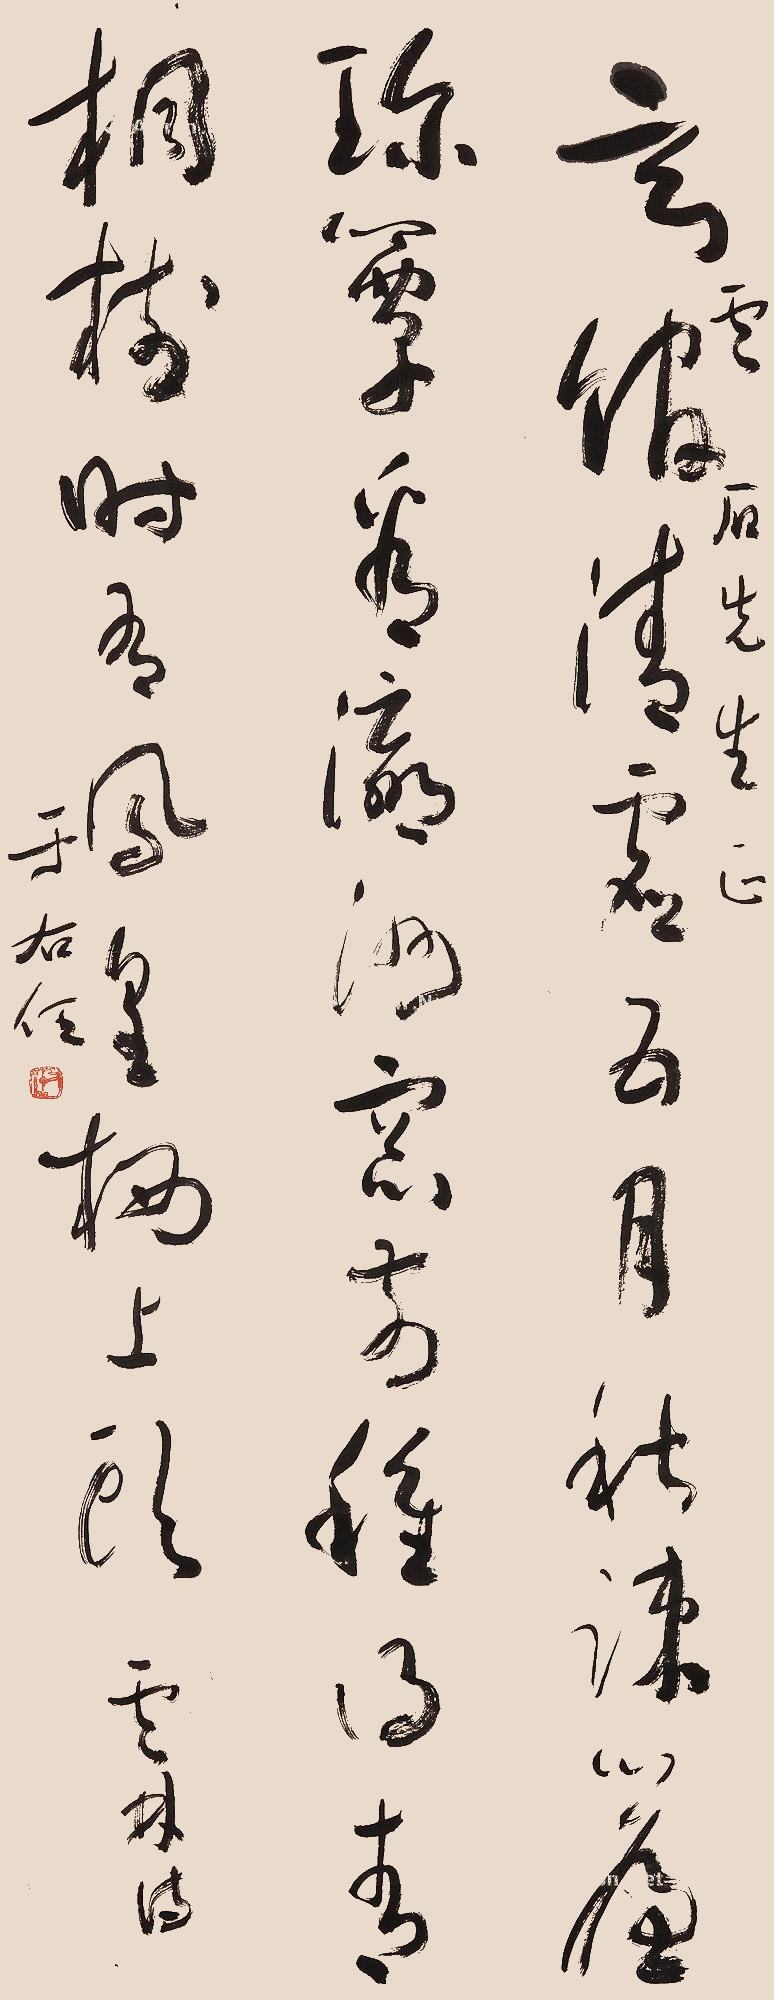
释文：玄馆清虚五月秋，疏帘珍簟看瀛洲。窗前种得青桐树，时有凤凰栖上头。云林诗，云石先生正，于右任。